Report on the bubonic plague in Bombay, 1896-1897
Year: 1896
Disease focus: Plague
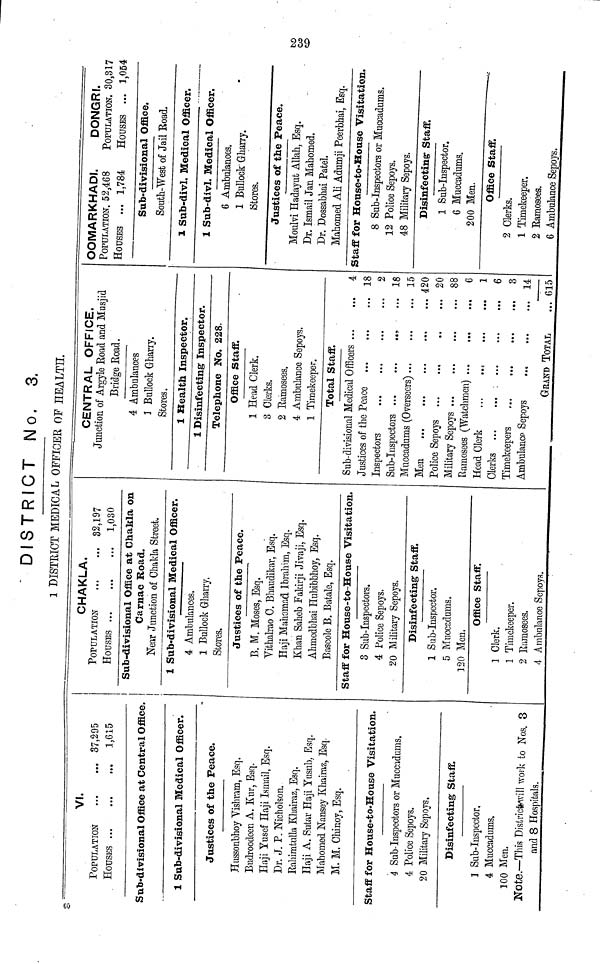
DISTRICT No. 3.
1 DISTEIOT MEDICAL OFFICER OF HEALTH.
VI.
POPULATION
37,295
HOUSES
•••
1,615
Sab-divisional Office at Central Office.
1 Sub-divisional Medical Officer.
Justices of the Peace.
Hussonbhoy Vishram, Esq.
Budroodccn A. Kur, Esq.
Haji Yusof Haji Ismail, Esq.
Dr. J. P. Nicholson.
Bahimtulla Khairaz, Esq.
Haji A. Sutar Haji Yusub, Esq.
Mahomed Nansey Khairaz, Esq.
M. M. Chinoy, Esq.
Staff for House-to-House Visitation.
4 Sub-Inspectors or Mncaidnms.
4 Police Sepoys.
20 Military Sepoys.
Disinfecting Staff.
1 Sab-Inspector,
4 Muccadums.
100 Men.
Note.—This Districtwill work to Nos. 3
and 8 Hospitals.
CHAKLA.
POPULATION
...
...
HOUSES
82,197
1,030
Sub-divisional Office at Chakla on
Carnac Road.
Near Junction of Chakla Street.
1 Sub-divisional Medical Officer.
4 Ambulances.
1 Bullock Gharry.
Stores.
Justices of the Peace.
B. M. Moses, Esq.
Vithalrao C. Bhaudikar, Esq.
Haji Mahomad Ibrahim, Esq.
Khan Sahob Fakirji Jivaji, Esq.
Ahmcdbhai Hubibbhoy, Esq.
Bascole B. Batale, Esq.
Staff for House-to-House Visitation.
3 Sub-Inspectors.
4 Police Sepoys.
20 Military Sepoys.
Disinfecting Staff
1 Sub-Inspector.
5 Muccedums.
120 Men.
Office Staff.
1 Clerk.
1 Timekeeper.
2 Ramosees.
4 Ambulance Sepoys.
•
CENTRAL OFFICE.
Junction of Argyle Road and Musjid
Bridge Road.
4 Ambulances
1 Bullock Gharry.
Stores.
1 Health Inspector.
1 Disinfecting Inspector.
Telephone No. 228.
Office Staff.
1 Head Clerk.
3 Clerks.
2 Ramosees.
4 Ambulance Sepoys.
1 Timekeeper.
Total Staff.
Sub-divisional Medical Officers
Justices of the Peace
Muccadums (Overseers)
...
...
...
Ramosees (Watchmen)
Head Clerk
...
...
...
...
Clerks
Ambulance Sepoys
...
GRAND TOTAL
4
18
2
18
15
420
20
88
6
1
6
3
14
G15
OOMARKHADI.
POPULATION. 52,468
HOUSES
...
1,784
DONGRI.
POPULATION. 30,317
HOUSES ...
1,054
Sub-divisional Office.
South-West of Jail Road.
1 Sub-divI. Medical Officer.
1 Sub-divl. M
6 Ambula
1 Bullock
Stores.
edioal Officer.
aces.
Gharry.
Justices of the Peace.
Moulvi Hadayut Allah, Esq.
Dr. Ismail Jan Mahomed.
Dr. Dossabhai Patel.
Mahomed Ali Adumji Pcerbhai, Esq.
Staff for House-to-House Visitation.
8 Sub-Inspectors or Muccadums.
12 Police Sepoys.
48 Military Sepoys.
Disinfecting- Staff.
1 Sub-Inspector.
6 Muccadums.
200 Men.
Office Staff.
2 Clerks.
1 Timekeeper.
2 Ramosees.
6 Ambulance Sepoys.